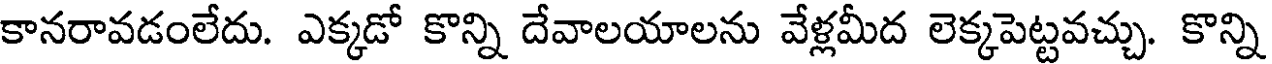
కానరావడంలేదు. ఎక్కడో కొన్ని దేవాలయాలను వేళ్లమీద లెక్కపెట్టవచ్చు. కొన్ని